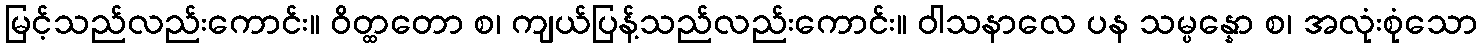
မြင့်သည်လည်းကောင်း။ ဝိတ္ထတော စ၊ ကျယ်ပြန့်သည်လည်းကောင်း။ ဝါသနာလေ ပန သမ္ပန္နော စ၊ အလုံးစုံသော